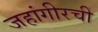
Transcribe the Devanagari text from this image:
जहांगीरची